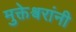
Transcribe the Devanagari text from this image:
मुक्तेश्वरांनी